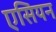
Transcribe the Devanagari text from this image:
एसियन